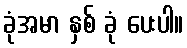
ခုံအမာ နှစ် ခုံ ပေးပါ။